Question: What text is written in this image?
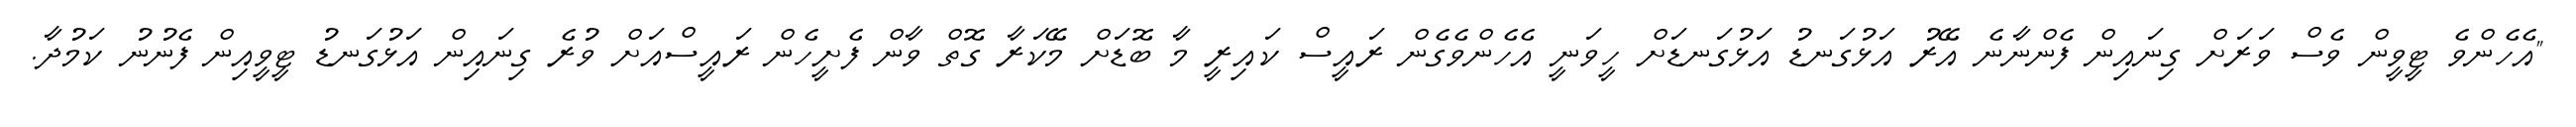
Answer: "އެހެންވެ ޓީވީން ވެސް ވަރަށް ގިނައިން ފެންނާނެ އޭރު އަޅުގަނޑު އަޅުގަނޑަށް ހީވަނީ އެހެންވެގެން ރައީސް ކައިރީ މާ ބޮޑަށް މޭކަރާ ގޮތް ވާން ފެށީހެން ރައީސްއަށް ވުރެ ގިނައިން އަޅުގަނޑު ޓީވީއިން ފެނުނު ކަމުދާ.